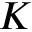
K